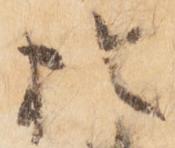
於